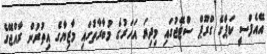
އޭއެފްސީ ކަޕްގެ ގްރޫޕް ސްޓޭޖުގައި މިދިޔަ އަހަރުގެ މުބާރާތުގައި މާޒިޔާގެ އިތުރުން ރާއްޖޭގެ